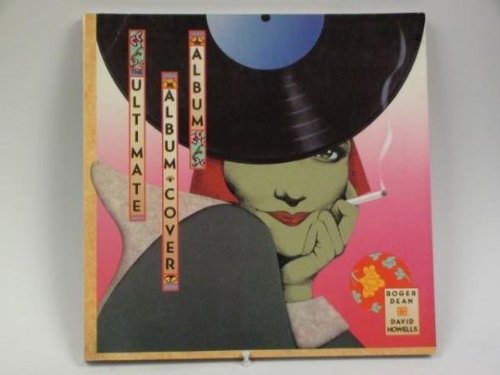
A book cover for The Ultimate Album Cover Album; Dominy Hamilton; Crafts, Hobbies & Home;